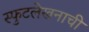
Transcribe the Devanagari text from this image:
स्फुटलेखनाची